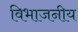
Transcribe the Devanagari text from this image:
विभाजनीय